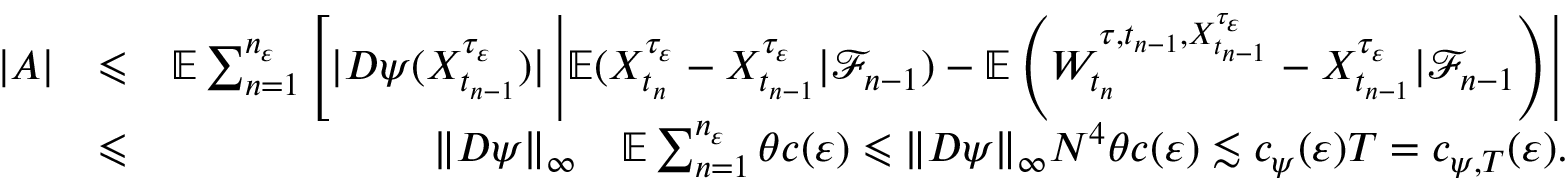
\begin{array} { r l r } { | A | } & { \leqslant } & { \mathbb { E } \sum _ { n = 1 } ^ { n _ { \varepsilon } } \left[ | D \psi ( X _ { t _ { n - 1 } } ^ { \tau _ { \varepsilon } } ) | \left| \mathbb { E } ( X _ { t _ { n } } ^ { \tau _ { \varepsilon } } - X _ { t _ { n - 1 } } ^ { \tau _ { \varepsilon } } | \mathcal { F } _ { n - 1 } ) - \mathbb { E } \left( W _ { t _ { n } } ^ { \tau , t _ { n - 1 } , X _ { t _ { n - 1 } } ^ { \tau _ { \varepsilon } } } - X _ { t _ { n - 1 } } ^ { \tau _ { \varepsilon } } | \mathcal { F } _ { n - 1 } \right) \right| \right. } \\ & { \leqslant } & { \| D \psi \| _ { \infty } \quad \mathbb { E } \sum _ { n = 1 } ^ { n _ { \varepsilon } } \theta c ( \varepsilon ) \leqslant \| D \psi \| _ { \infty } N ^ { 4 } \theta c ( \varepsilon ) \lesssim c _ { \psi } ( \varepsilon ) T = c _ { \psi , T } ( \varepsilon ) . } \end{array}